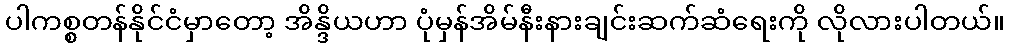
ပါကစ္စတန်နိုင်ငံမှာတော့ အိန္ဒိယဟာ ပုံမှန်အိမ်နီးနားချင်းဆက်ဆံရေးကို လိုလားပါတယ်။